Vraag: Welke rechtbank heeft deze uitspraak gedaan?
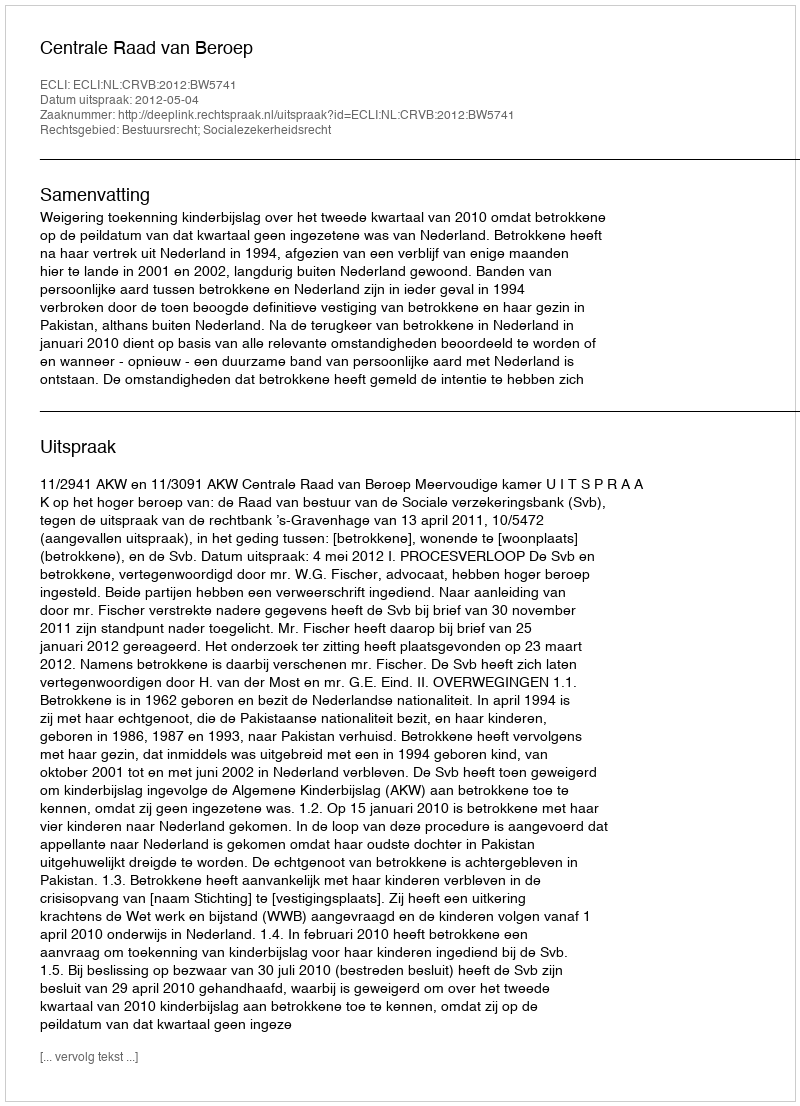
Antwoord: Centrale Raad van Beroep